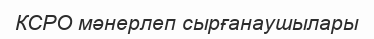
КСРО мәнерлеп сырғанаушылары